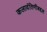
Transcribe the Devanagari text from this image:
कलावंतिणीबद्दल